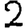
Digit: 2